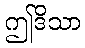
ဤဒိသာ